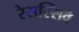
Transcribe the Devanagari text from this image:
रेसस्सिवे